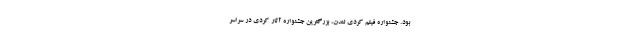
بود. جشنواره فيلم کُردی لندن، بزرگترين جشنواره آثار کُردی در سراسر